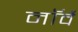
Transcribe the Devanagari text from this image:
नाॅर्वे